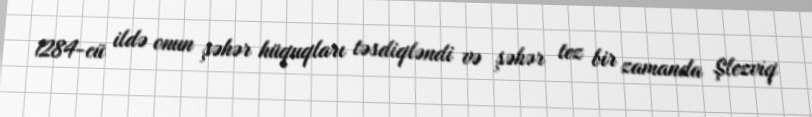
1284-cü ildə onun şəhər hüquqları təsdiqləndi və şəhər tez bir zamanda Şlezviq